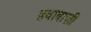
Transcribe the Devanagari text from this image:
हवाबाज़ी